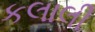
કલાલી